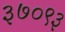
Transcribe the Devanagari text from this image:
३७०९३